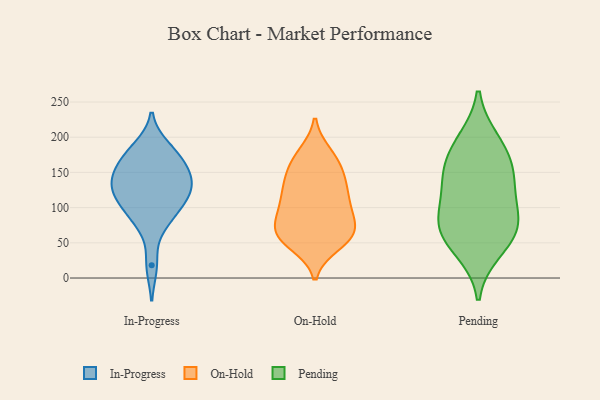
{"axis": {"x": "Waste Production (Tons)", "y": "Value"}, "legend": ["In-Progress", "On-Hold", "Pending"], "data": [{"x": "", "y": 178, "type": "In-Progress"}, {"x": "", "y": 185, "type": "In-Progress"}, {"x": "", "y": 144, "type": "In-Progress"}, {"x": "", "y": 124, "type": "In-Progress"}, {"x": "", "y": 102, "type": "In-Progress"}, {"x": "", "y": 125, "type": "In-Progress"}, {"x": "", "y": 18, "type": "In-Progress"}, {"x": "", "y": 82, "type": "In-Progress"}, {"x": "", "y": 149, "type": "In-Progress"}, {"x": "", "y": 170, "type": "In-Progress"}, {"x": "", "y": 137, "type": "In-Progress"}, {"x": "", "y": 125, "type": "In-Progress"}, {"x": "", "y": 111, "type": "In-Progress"}, {"x": "", "y": 162, "type": "In-Progress"}, {"x": "", "y": 82, "type": "In-Progress"}, {"x": "", "y": 170, "type": "On-Hold"}, {"x": "", "y": 87, "type": "On-Hold"}, {"x": "", "y": 48, "type": "On-Hold"}, {"x": "", "y": 109, "type": "On-Hold"}, {"x": "", "y": 58, "type": "On-Hold"}, {"x": "", "y": 110, "type": "On-Hold"}, {"x": "", "y": 66, "type": "On-Hold"}, {"x": "", "y": 176, "type": "On-Hold"}, {"x": "", "y": 148, "type": "On-Hold"}, {"x": "", "y": 56, "type": "On-Hold"}, {"x": "", "y": 60, "type": "On-Hold"}, {"x": "", "y": 168, "type": "On-Hold"}, {"x": "", "y": 67, "type": "On-Hold"}, {"x": "", "y": 131, "type": "On-Hold"}, {"x": "", "y": 139, "type": "On-Hold"}, {"x": "", "y": 94, "type": "On-Hold"}, {"x": "", "y": 100, "type": "On-Hold"}, {"x": "", "y": 64, "type": "On-Hold"}, {"x": "", "y": 133, "type": "On-Hold"}, {"x": "", "y": 90, "type": "Pending"}, {"x": "", "y": 40, "type": "Pending"}, {"x": "", "y": 128, "type": "Pending"}, {"x": "", "y": 82, "type": "Pending"}, {"x": "", "y": 63, "type": "Pending"}, {"x": "", "y": 68, "type": "Pending"}, {"x": "", "y": 194, "type": "Pending"}, {"x": "", "y": 182, "type": "Pending"}, {"x": "", "y": 146, "type": "Pending"}, {"x": "", "y": 149, "type": "Pending"}]}